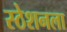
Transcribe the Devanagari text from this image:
स्ठेशनला